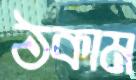
ঠকাম